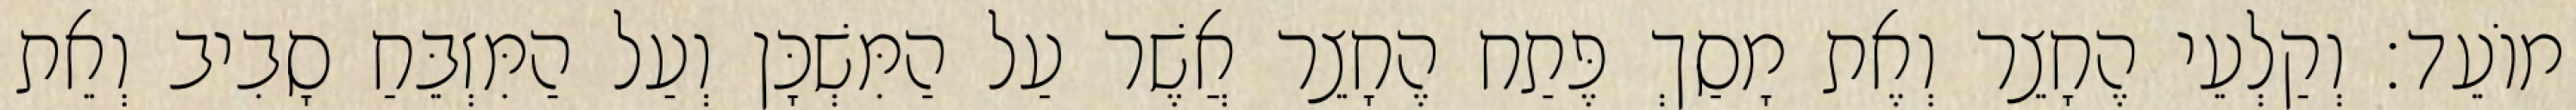
מוֹעֵד׃ וְקַלְעֵי הֶחָצֵר וְאֶת מָסַךְ פֶּתַח הֶחָצֵר אֲשֶׁר עַל הַמִּשְׁכָּן וְעַל הַמִּזְבֵּחַ סָבִיב וְאֵת